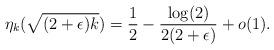
LaTeX: \begin{align*}\eta_k(\sqrt{(2+\epsilon)k})=\frac{1}{2}-\frac{\log(2)}{2(2+\epsilon)}+o(1).\end{align*}